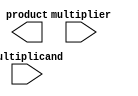
module Baugh_Wooley_Multiplier (
    input signed [15:0] multiplicand,
    input signed [15:0] multiplier,
    output reg signed [31:0] product
);

reg signed [31:0] partial_product [15:0];
reg signed [31:0] partial_sum [31:0];

integer i, j;
always @(*)
begin
    // Partial product generation stage
    for (i = 0; i < 16; i = i + 1)
    begin
        partial_product[i] = {16 {multiplier[i]}} * {16 {multiplicand}};
    end

    // Reduction stage
    for (i = 0; i < 16; i = i + 1)
    begin
        partial_sum[i] = partial_product[i];
    end
    for (i = 16; i < 32; i = i + 1)
    begin
        partial_sum[i] = 0;
    end
    for (i = 16; i < 32; i = i + 1)
    begin
        for (j = 0; j < 16; j = j + 1)
        begin
            partial_sum[i+j] = partial_sum[i+j] + partial_product[j] * partial_product[i];
        end
    end

    // Sign extension stage
    if (multiplier[15] & multiplicand[15]) // If both inputs are negative
    begin
        product = partial_sum[31];
    end
    else if (multiplier[15] | multiplicand[15]) // If one input is negative
    begin
        product = -partial_sum[31];
    end
    else // If both inputs are positive
    begin
        product = partial_sum[31];
    end
end

endmodule